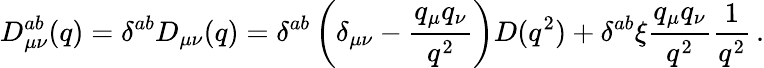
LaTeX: D_{\mu\nu}^{ab}(q)=\delta^{ab}D_{\mu\nu}(q)=\delta^{ab}\left(\delta_{\mu\nu}-\frac{q_{\mu}q_{\nu}}{q^{2}}\right)D(q^{2})+\delta^{ab}\xi\frac{q_{\mu}q_{\nu}}{q^{2}}\frac{1}{q^{2}}\, .